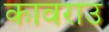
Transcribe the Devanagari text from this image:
कावराउ